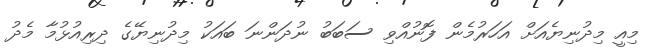
މިއީ މިދުނިޔެއަށް އަހަރުމެން ފޮނުއްވި ސަބަބު ނުދަންނަ ބައަކު މިދުނިޔޭގެ ދިރިއުޅުމާ މެދު